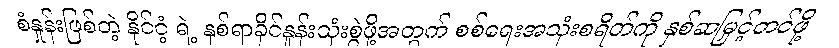
စံနှုန်းဖြစ်တဲ့ နိုင်ငံ့ ရဲ့ နှစ်ရာခိုင်နှုန်းသုံးစွဲဖို့အတွက် စစ်ရေးအသုံးစရိတ်ကို နှစ်ဆမြှင့်တင်ဖို့